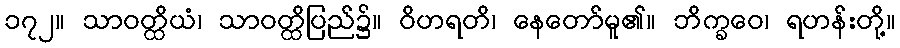
၁၇၂။ သာဝတ္ထိယံ၊ သာဝတ္ထိပြည်၌။ ဝိဟရတိ၊ နေတော်မူ၏။ ဘိက္ခဝေ၊ ရဟန်းတို့။